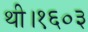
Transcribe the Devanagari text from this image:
थी।१६०३